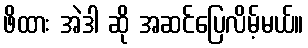
ဖိထား အဲဒါ ဆို အဆင်ပြေလိမ့်မယ်။